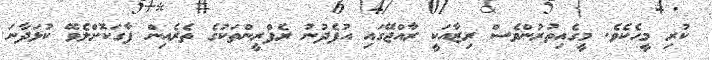
ކުރި މީހެކެވެ. މީގެއިތުރުންވެސް ރިޒާއަކީ ރާއްޖޭގައި އުފެދުނު ރެފްރީންތަކުގެ ތެރެއިން ފާގަކޮށްލެވޭ ކުޅަދާނަ